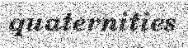
quaternities